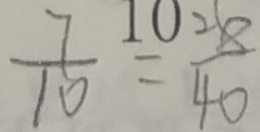
\frac { 7 } { 1 0 } = \frac { 2 8 } { 4 0 }